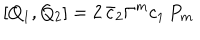
[ Q _ { 1 } , Q _ { 2 } ] = 2 \, \bar { c } _ { 2 } \Gamma ^ { m } c _ { 1 } \, P _ { m }